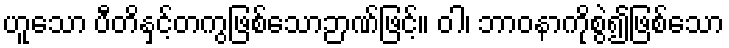
ဟူသော ပီတိနှင့်တကွဖြစ်သောဉာဏ်ဖြင့်။ ဝါ၊ ဘာဝနာကိုစွဲ၍ဖြစ်သော